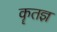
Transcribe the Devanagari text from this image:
कॄतज्ञ